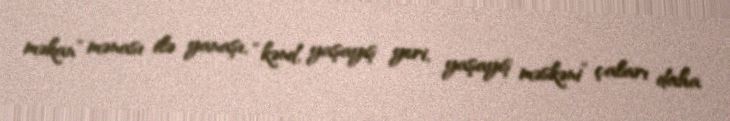
məkan” mənası ilə yanaşı, “kənd, yaşayış yeri, yaşayış məskəni” çaları daha